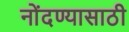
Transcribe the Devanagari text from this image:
नोंदण्यासाठी